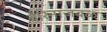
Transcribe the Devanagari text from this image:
बैरिनाजवळ